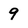
Character: 9